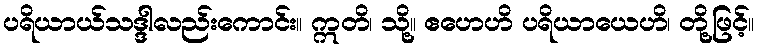
ပရိယာယ်သဒ္ဒါလည်းကောင်း။ ဣတိ၊ သို့။ ဧဟေဟိ ပရိယာယေဟိ၊ တို့ဖြင့်။